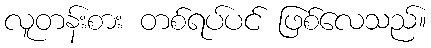
လူတန်းစား တစ်ရပ်ပင် ဖြစ်လေသည်။